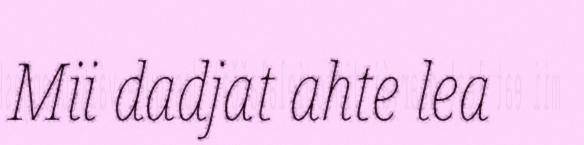
Mii dadjat ahte lea